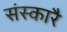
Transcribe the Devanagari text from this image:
संस्कारै